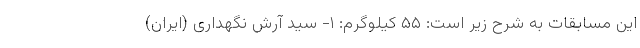
این مسابقات به شرح زیر است: ۵۵ کیلوگرم: ۱- سید آرش نگهداری (ایران)